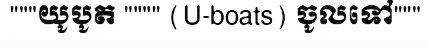
"""យូបូត """" (U-boats) ចូលទៅ"""